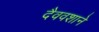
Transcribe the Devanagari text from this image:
दैववशाने